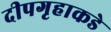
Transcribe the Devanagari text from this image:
दीपगृहाकडे